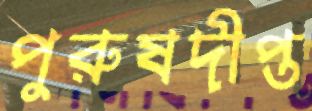
পুরুষদীপ্ত